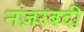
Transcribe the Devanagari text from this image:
नज़रबदी